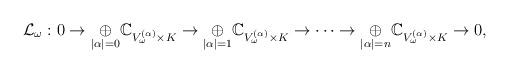
LaTeX: \begin{align*}\mathcal{L}_\omega: 0 \to \underset{|\alpha| = 0} {\oplus}\mathbb{C}_{V_\omega^{(\alpha)} \times K}\to\underset{|\alpha| = 1} {\oplus}\mathbb{C}_{V_\omega^{(\alpha)} \times K} \to\cdots \to\underset{|\alpha| = n} {\oplus}\mathbb{C}_{V_\omega^{(\alpha)} \times K} \to 0,\end{align*}